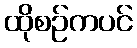
ထိုစဉ်ကပင်